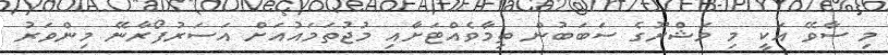
މި ސާވޭ އަކީ މި މަޝްރޫގެ ސަބަބުން ތިމާވެއްޓަށާއި މުޖުތަމައުއަށް އަސަރުފޯރާނޭ މިންވަރު